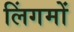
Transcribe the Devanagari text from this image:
लिंगमों